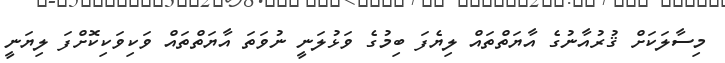
މިސާލަކަށް ޤުރުއާނުގެ އާޔަތްތައް ލިޔެފަ ބިމުގެ ވަޅުލަނީ ނުވަތަ އާޔަތްތައް ވަކިވަކިކޮށްފަ ލިޔަނީ